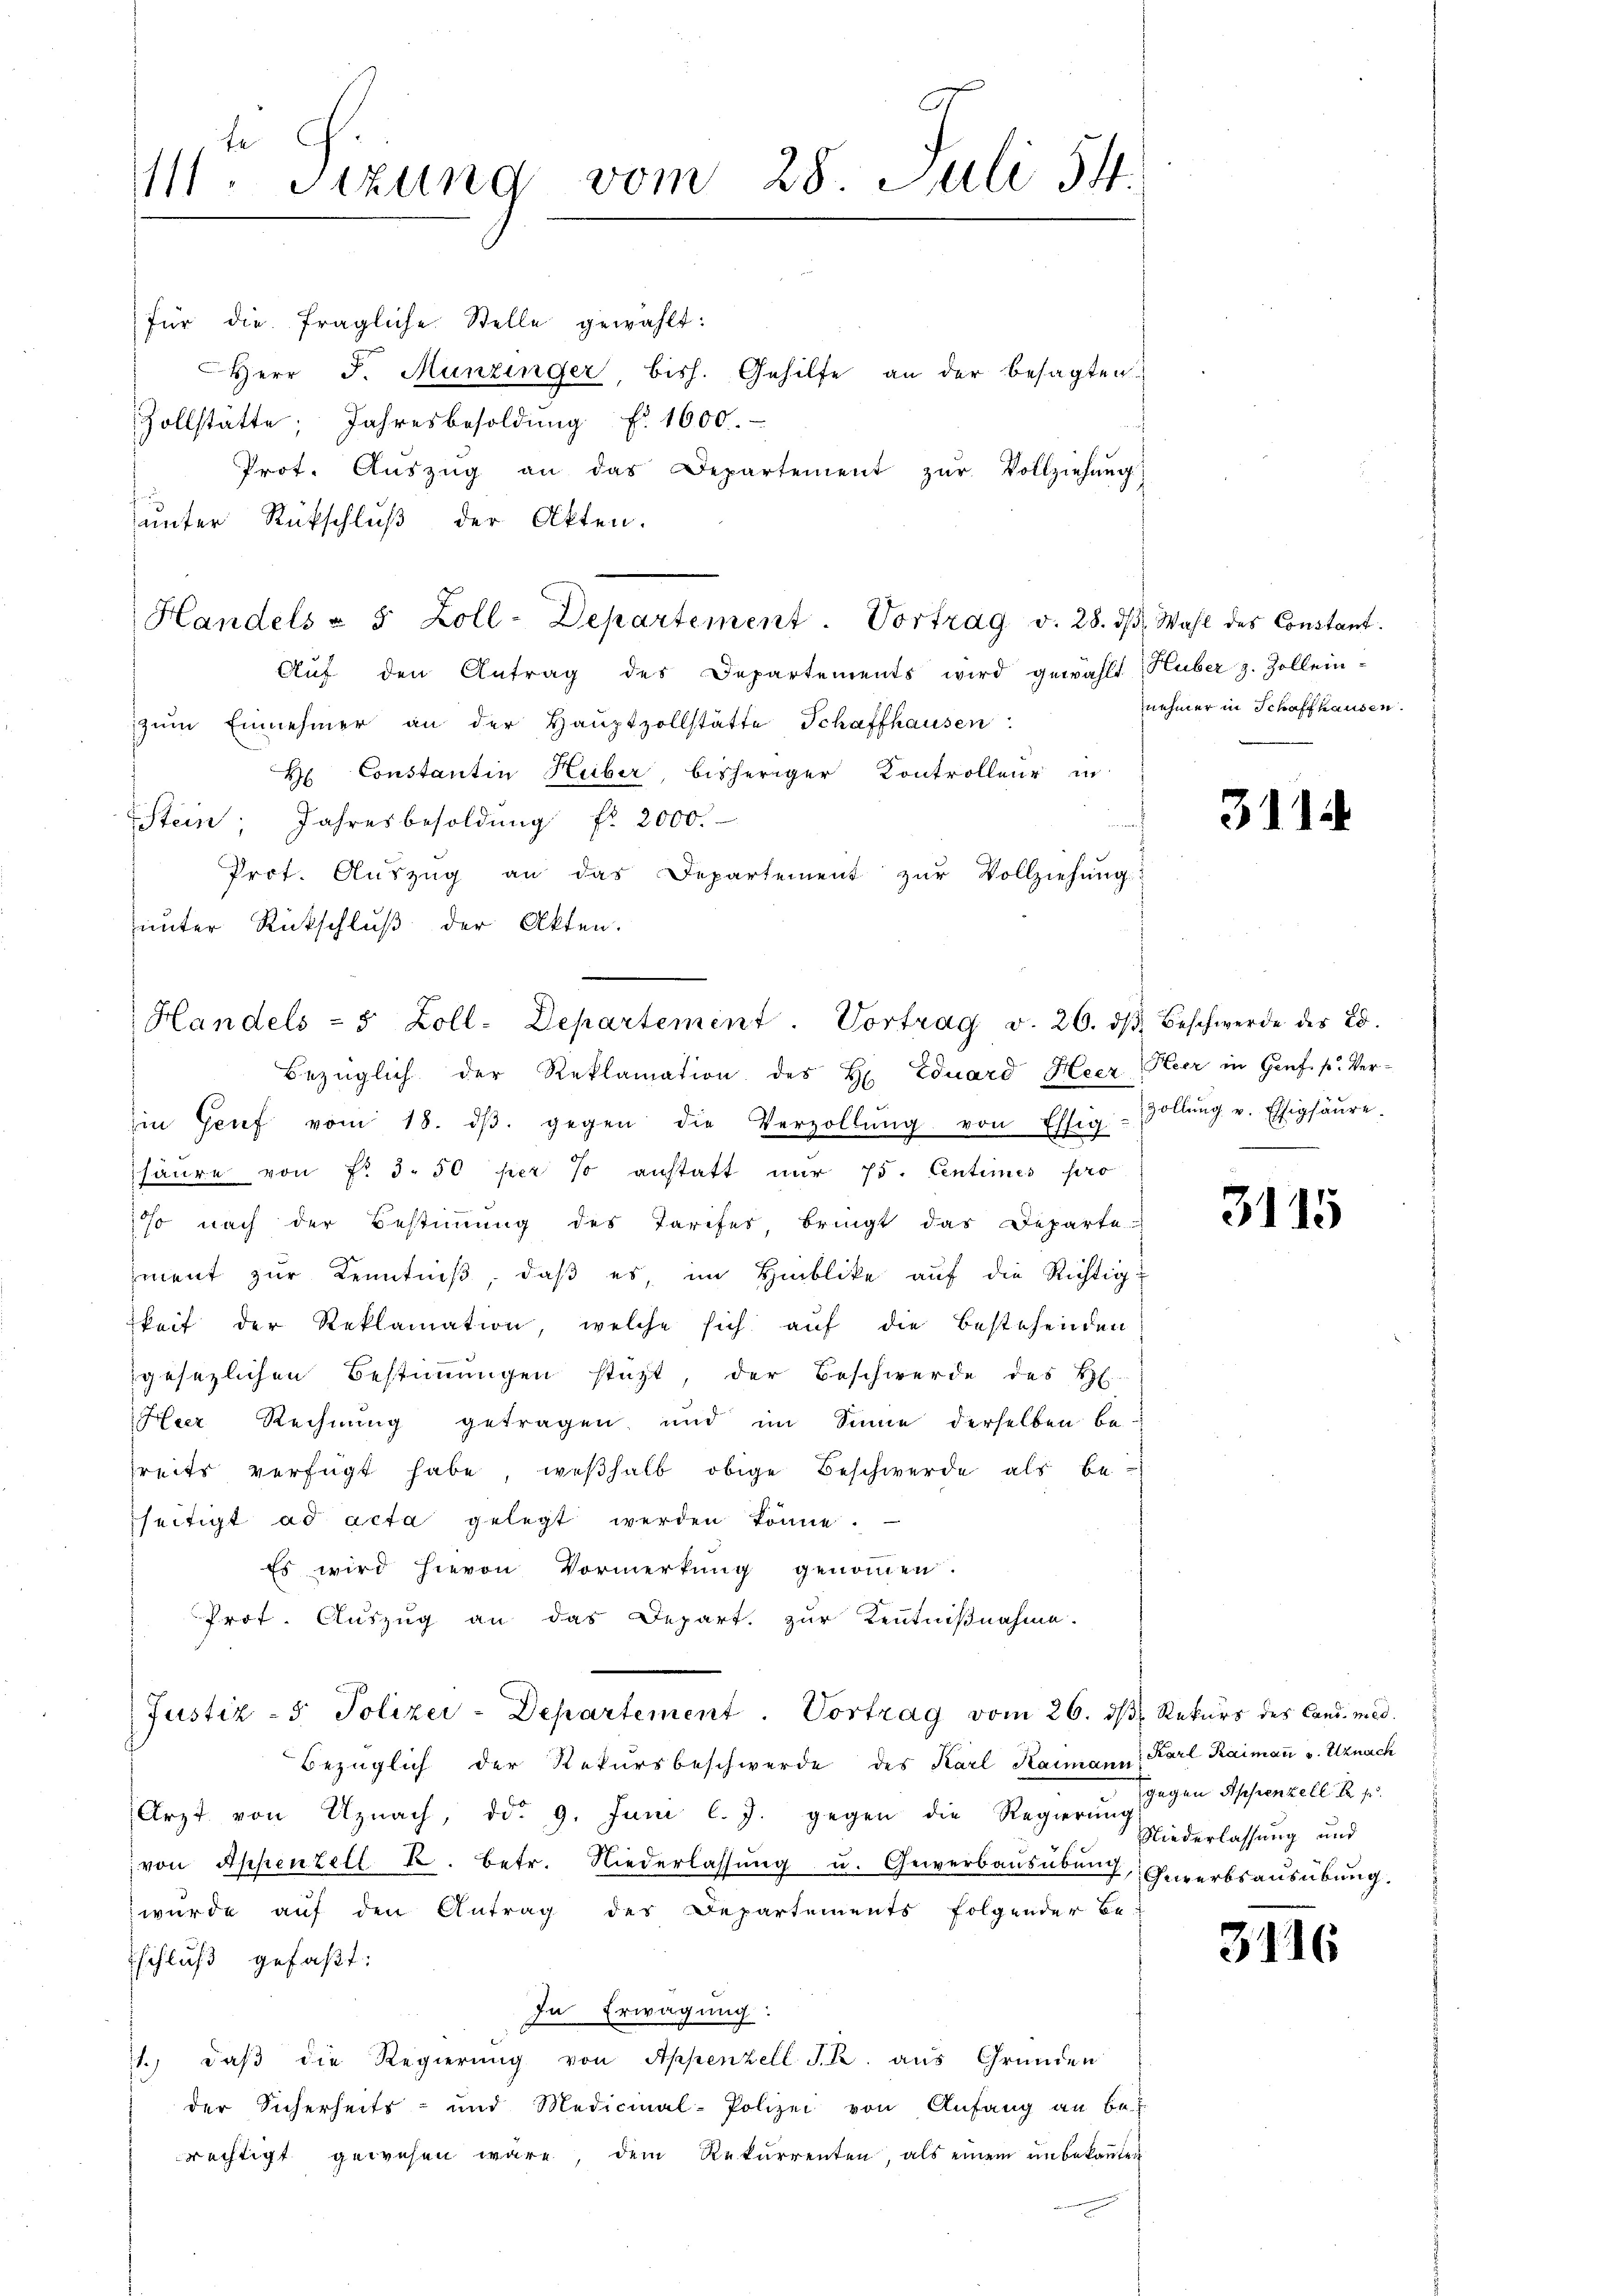
fe
111. Sizung vom 28. Juli 54.

für die fragliche Stelle gewählt:
Herr J. Munzinger, bish. Gehilfe an der besagten
Zollstätte, Jahresbesoldung f. 1600.
Prot. Aŭszŭg an das Departement zŭr Vollziehung
unter Rückschluß der Akten.
Auf den Antrag des Departements wird gewählt Huber z. Zollein-
zŭm Einnehmer an der Haŭptzollstätte Schaffhausen:
H Constantin Heiber, bisheriger Kontrolleur in
Stein; Jahresbesoldung fr 2000.
Prof. Auszug an das Departement zur Vollziehung:
unter Rückschluß der Akten.
iin Genf vom 18. dβ. gegen die Verzollŭng von Essig
säure von Fr. 3. 50 per % anstatt nur 75. Centimes pro
o nach der Bestiṁŭng des Tarifes, bringt das Departe
ment zur Kenntniß, daß es, im Hinblike auf die Richtig-
keit der Reklamation, welche sich auf die Bestehenden
gesezlichen Bestimmungen statt, der Beschwerde des H
Heer Rechnung getragen, und im Sinne derselben be-
reits verfügt habe, weßhalb obige Beschwerde als beseitigt ad acta gelegt werden könne.
Es wird hievon Vormerkung genommen.
Prof. Auszug an das Depart. zŭr Kenntniβnahme.
Justiz- & Polizei-Departement. Vortrag vom 26. ds. Rekurs des Cand. med.
Bezüglich der Rekursbeschwerde des Karl Kaimann, Karl Raimau v. Uznach
Arzt von Uznach, dd. 9. Juni l. J. gegen die Regierŭng
von Appenzell k. betr. Niederlassŭng u. Gewerbaŭsübŭng, Gewerbsausübung.
 wurde auf den Antrag des Departements folgender Be-
Eschluß gefaßt:
In Erwägung:
1. daβ die Regierŭng von Appenzell I. R. aus Gründen
der Sicherheits- und Medicinal-Polizei von Anfang an be-
rechtigt gewesen wäre, dem Rekurrenten, als einem unbekannten

Handels - 5 Zoll-Departement. Vortrag v. 26. dβ beschwerde des E.
Bezüglich der Reklamation des H. Eduard Heer (Heer in Genf. p. Ver¬

Handels " 5 Zoll-Departement. Vortrag v. 28. dβ. Wahl des Constant.

nehmer in Schaffhausen.

311

Zollung v. Essigsäure.

3115

gegen Appenzell K
Niederlassung und

3116